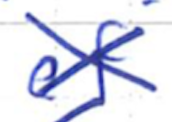
Text: of
Cross-out: cross
Writing tool: ballpoint